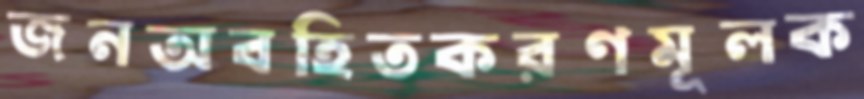
জনঅবহিতকরণমূলক